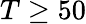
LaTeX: T\geq 50